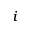
_ i